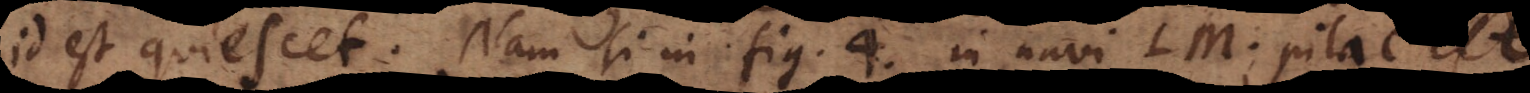
id est quiescet. Nam si in fig. 4. in navi LM pila